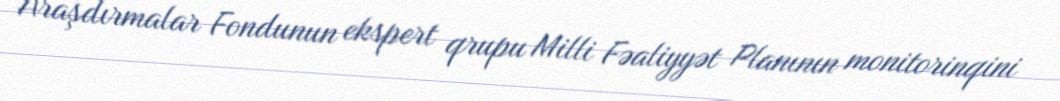
Araşdırmalar Fondunun ekspert qrupu Milli Fəaliyyət Planının monitorinqini